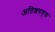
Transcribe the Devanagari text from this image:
अतिशययुक्त